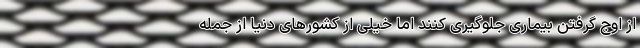
از اوج گرفتن بیماری جلوگیری کنند اما خیلی از کشورهای دنیا از جمله